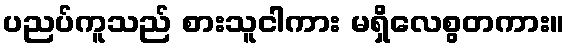
ပညပ်ကူသည် စားသူငါကား မရှိလေစွတကား။